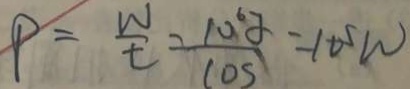
P = \frac { W } { t } = \frac { 1 0 ^ { 6 } \alpha } { \cos } = 1 0 ^ { 5 } W